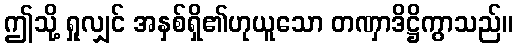
ဤသို့ ရှုလျှင် အနှစ်ရှိ၏ဟုယူသော တဏှာဒိဋ္ဌိကွာသည်။